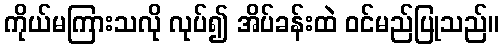
ကိုယ်မကြားသလို လုပ်၍ အိပ်ခန်းထဲ ဝင်မည်ပြုသည်။